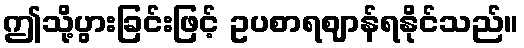
ဤသို့ပွားခြင်းဖြင့် ဥပစာရဈာန်ရနိုင်သည်။